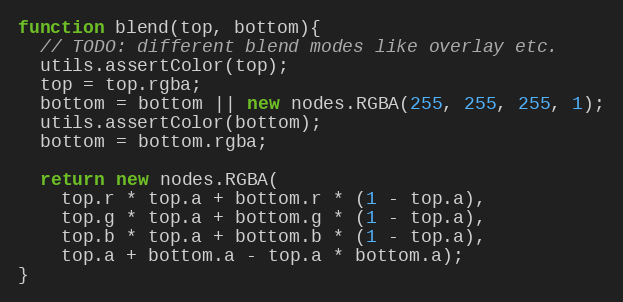
Language: JavaScript
function blend(top, bottom){
  // TODO: different blend modes like overlay etc.
  utils.assertColor(top);
  top = top.rgba;
  bottom = bottom || new nodes.RGBA(255, 255, 255, 1);
  utils.assertColor(bottom);
  bottom = bottom.rgba;

  return new nodes.RGBA(
    top.r * top.a + bottom.r * (1 - top.a),
    top.g * top.a + bottom.g * (1 - top.a),
    top.b * top.a + bottom.b * (1 - top.a),
    top.a + bottom.a - top.a * bottom.a);
}